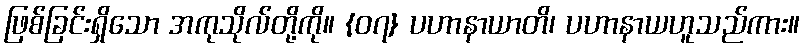
ဖြစ်ခြင်းရှိသော အကုသိုလ်တို့ကို။ {၀၇} ပဟာနာယာတိ၊ ပဟာနာယဟူသည်ကား။